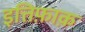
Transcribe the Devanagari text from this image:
इत्तिफ़ाक़